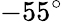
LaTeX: -55^{\circ}